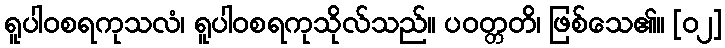
ရူပါဝစရကုသလံ၊ ရူပါဝစရကုသိုလ်သည်။ ပဝတ္တတိ၊ ဖြစ်သေ၏။ [၀၂]